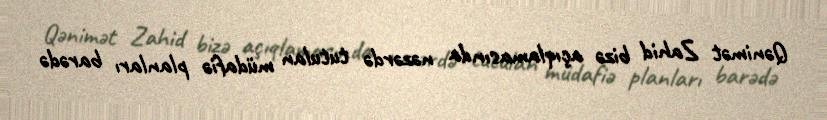
Qənimət Zahid bizə açıqlamasında nəzərdə tutulan müdafiə planları barədə